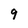
Character: 9